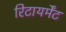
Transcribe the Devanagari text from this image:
रिटायर्मेंट